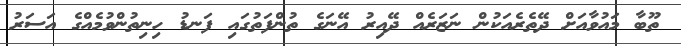
ތޫބާ މައުވާއަށް ދޭތެރެއަކުން ނަޒަރެއް ދޭއިރު އޭނަގެ ތުންފަތުގައި ފަނޑު ހިނިތުންވުމެއްގެ އަސަރު